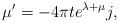
LaTeX: \begin{align*} \mu' = -4 \pi t e^{\lambda+\mu}j,\end{align*}